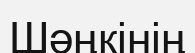
Шәңкінің